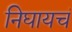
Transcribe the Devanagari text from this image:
निघायचं